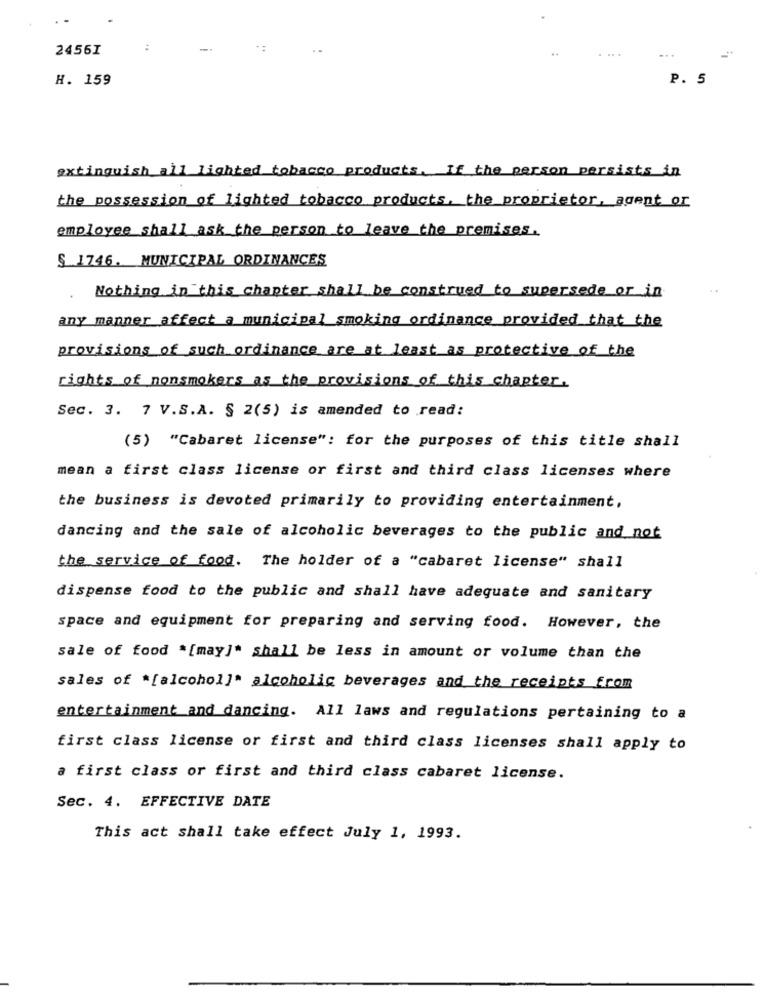
2456I
:
-
..
.. .
H. 159
P. 5
extinguish all lighted tobacco products. If the person persists in
the possession of lighted tobacco products, the proprietor, agent or
employee shall ask the person to leave the premises.
S 1746. MUNICIPAL ORDINANCES
Nothing in this chapter shall be construed to supersede or in
..
any manner affect a municipal smoking ordinance provided that the
provisions of such ordinance are at least as protective of the
rights of nonsmokers as the provisions of this chapter.
Sec. 3. 7 V.S.A. § 2(5) is amended to read:
(5) "Cabaret license": for the purposes of this title shall
mean a first class license or first and third class licenses where
the business is devoted primarily to providing entertainment,
dancing and the sale of alcoholic beverages to the public and not
the service of food. The holder of a "cabaret license" shall
dispense food to the public and shall have adequate and sanitary
space and equipment for preparing and serving food. However, the
sale of food *[may]* shall be less in amount or volume than the
sales of *[alcohol]" alcoholic beverages and the receipts from
entertainment and dancing. All laws and regulations pertaining to a
first class license or first and third class licenses shall apply to
a first class or first and third class cabaret license.
Sec. 4. EFFECTIVE DATE
This act shall take effect July 1, 1993.